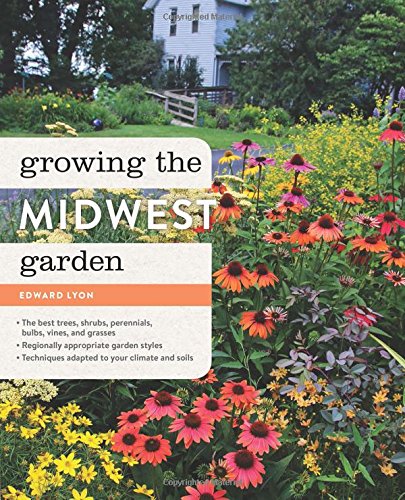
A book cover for Growing the Midwest Garden; Edward Lyon; Crafts, Hobbies & Home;